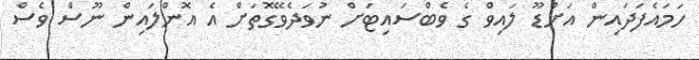
ހަމައެފަދައިން އަށްޑޫ ލައިވް ގެ ވެބްސައިޓަށް ނުވަދެވޭގޮތަށް އެ އޮންލައިން ނޫސް ވެސް